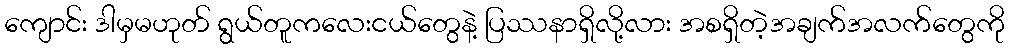
ကျောင်း ဒါမှမဟုတ် ရွယ်တူကလေးငယ်တွေနဲ့ ပြဿနာရှိလို့လား အစရှိတဲ့အချက်အလက်တွေကို